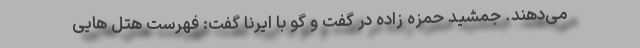
می‌دهند. جمشید حمزه زاده در گفت و گو با ایرنا گفت: فهرست هتل هایی